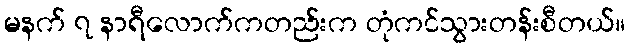
မနက် ၇ နာရီလောက်ကတည်းက တုံကင်သွားတန်းစီတယ်။